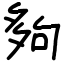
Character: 夠